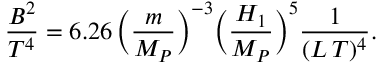
\frac { B ^ { 2 } } { T ^ { 4 } } = 6 . 2 6 \, \biggl ( \frac { m } { M _ { P } } \biggr ) ^ { - 3 } \biggl ( \frac { H _ { 1 } } { M _ { P } } \biggr ) ^ { 5 } \frac { 1 } { ( L \, T ) ^ { 4 } } .